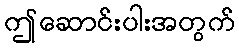
ဤဆောင်းပါးအတွက်